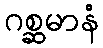
ဂစ္ဆမာနံ